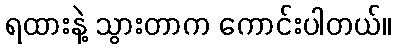
ရထားနဲ့ သွားတာက ကောင်းပါတယ်။